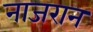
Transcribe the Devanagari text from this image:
नाजरान